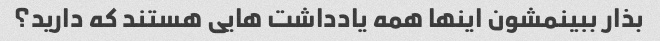
بذار ببینمشون اینها همه یادداشت هایی هستند که دارید؟